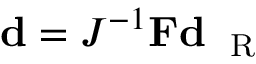
{ \bf d } = J ^ { - 1 } { \bf F } { \bf d } _ { \mathrm { ~ \tiny ~ R ~ } }